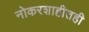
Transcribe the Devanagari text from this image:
नोकरशाहीतही